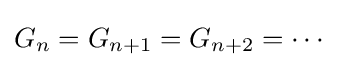
G_{n}=G_{n+1}=G_{n+2}=\cdots